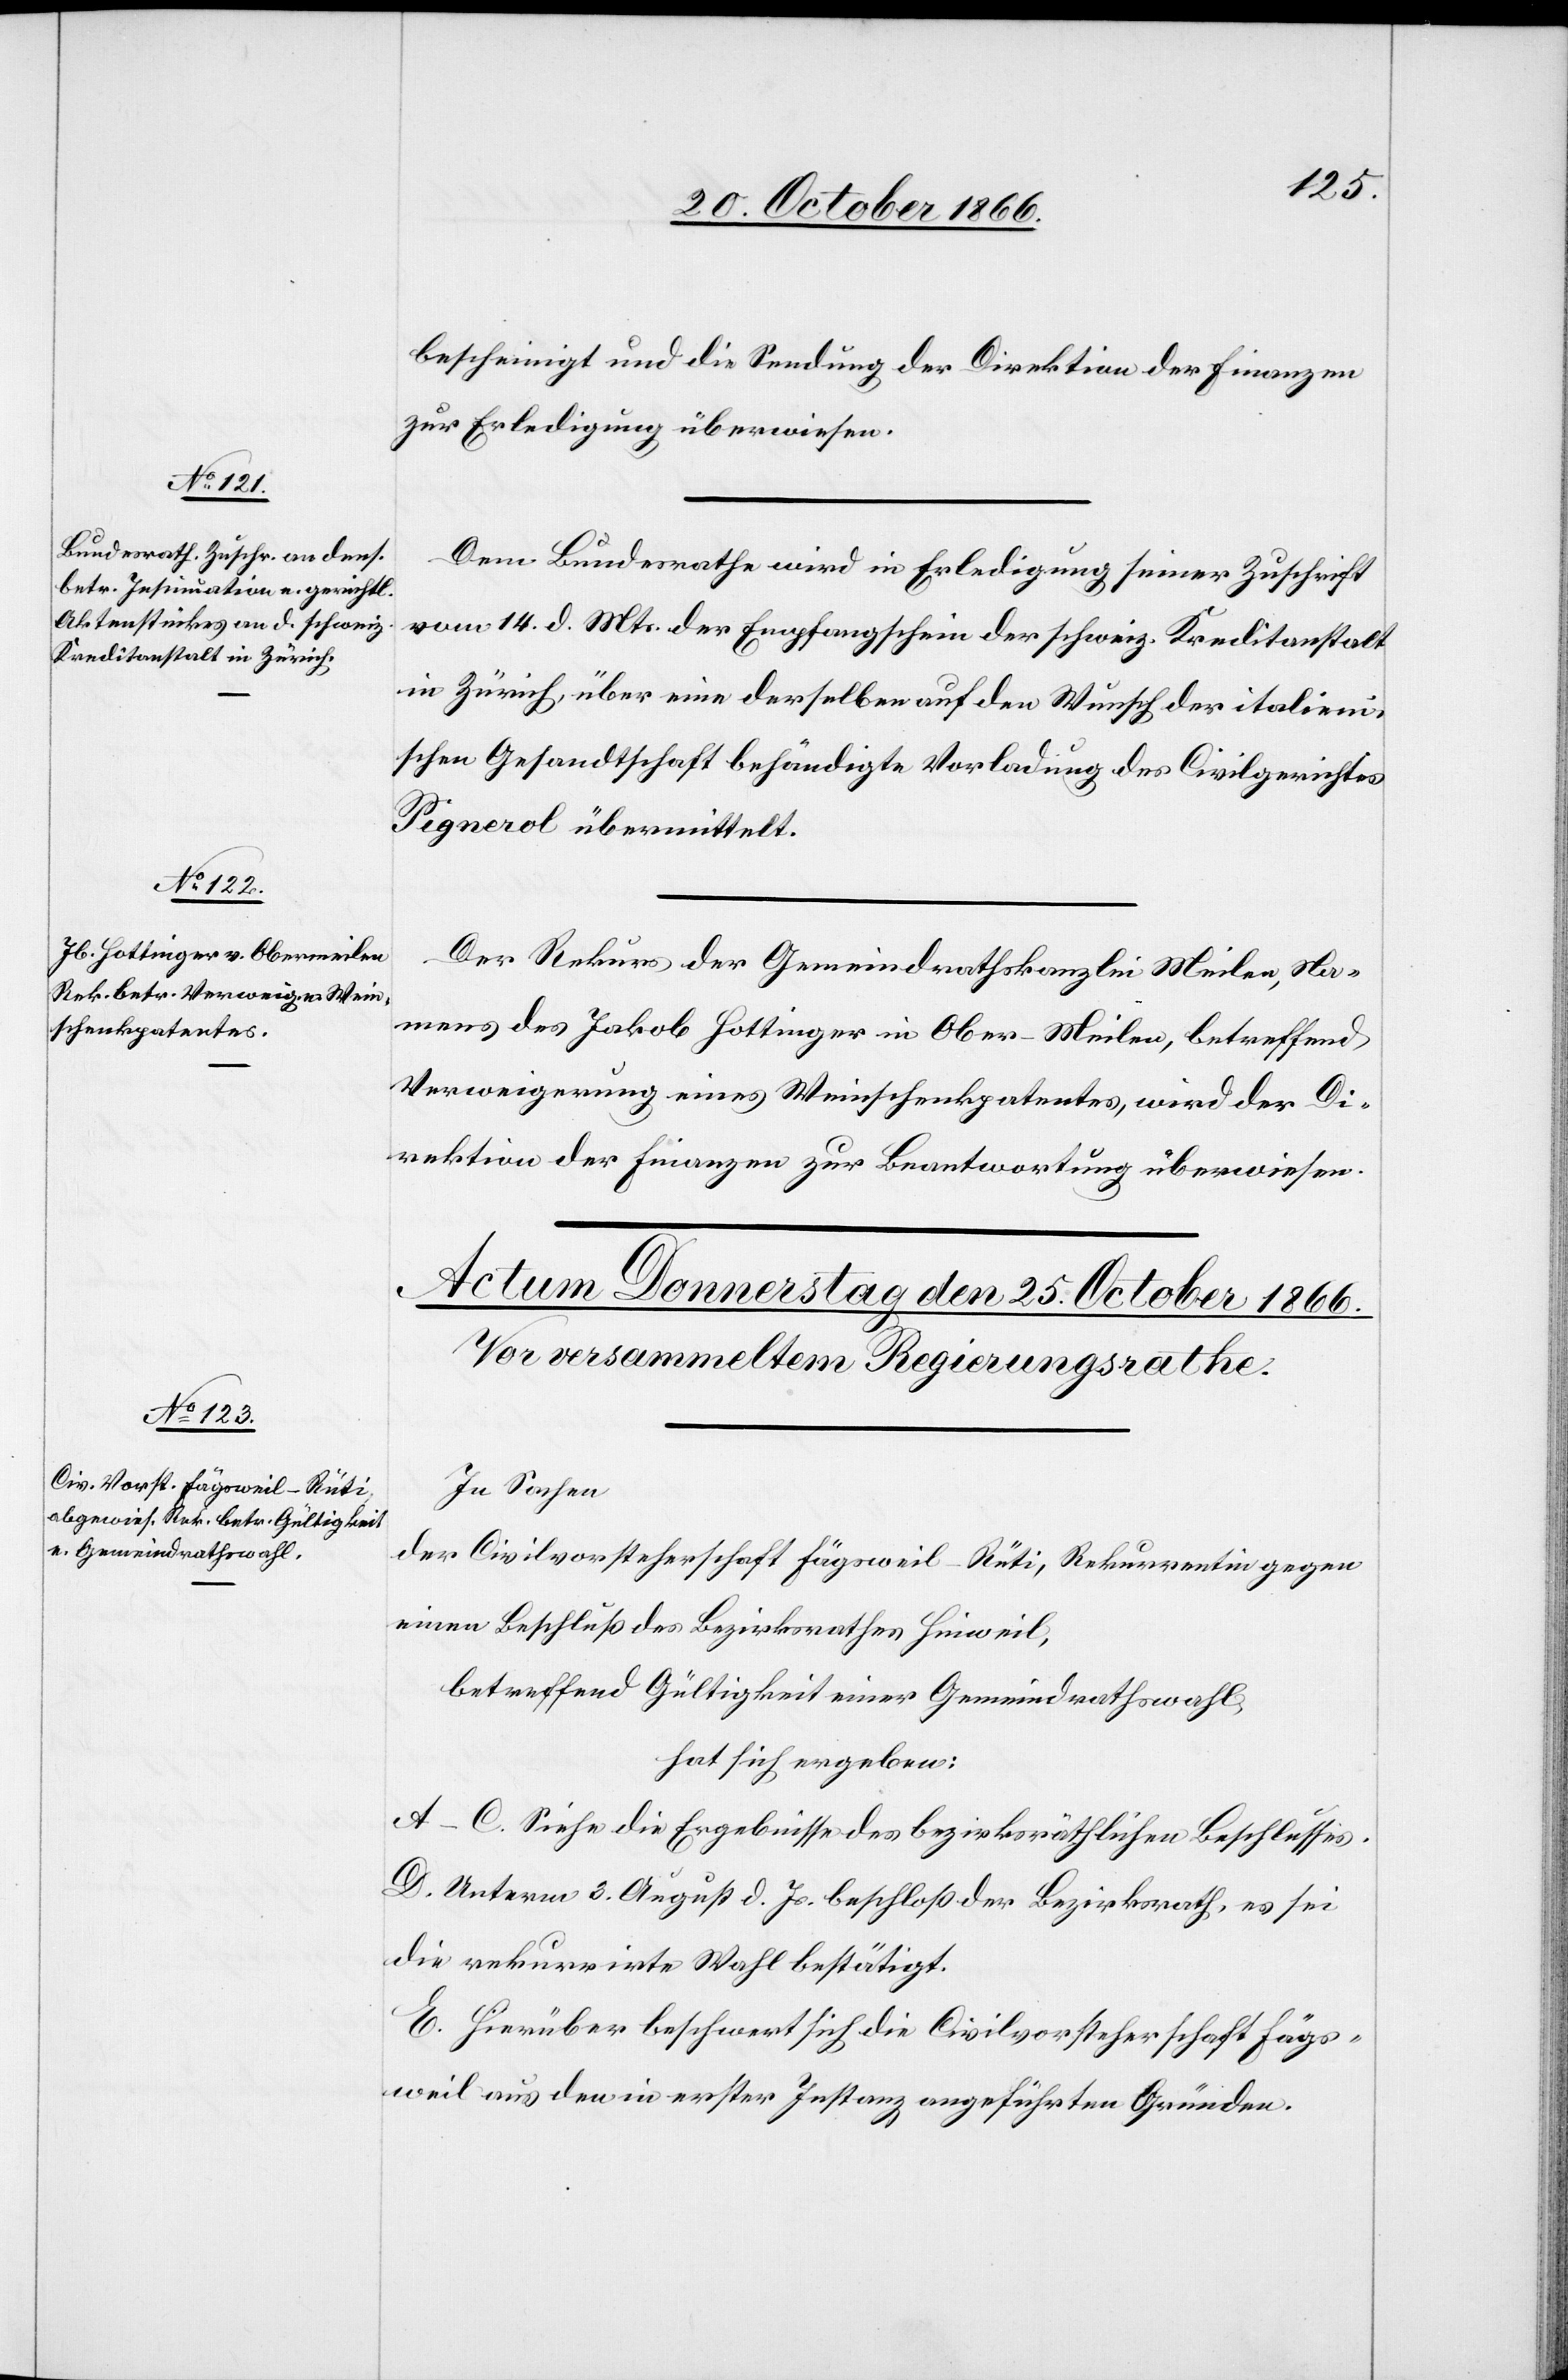
24. October 1866.]
bescheinigt und die Sendung der Direktion der Finanzen
zur Erledigung überwiesen.
Dem Bundesrathe wird in Erledigung seiner Zuschrift
vom 14. d. Mts. der Empfangschein der schweiz. Kreditanstalt
in Zürich, über eine derselben auf den Wunsch der italieni¬
schen Gesandtschaft behändigte Vorladung des Civilgerichtes
Pignerol übermittelt.
Der Rekurs der Gemeindrathskanzlei Meilen, Na¬
mens des Jakob Hottinger in Ober-Meilen, betreffend
Verweigerung eines Weinschenkpatentes, wird der Di¬
rektion der Finanzen zur Beantwortung überwiesen.
In Sachen
der Civilvorsteherschaft Fägsweil-Rüti, Rekurrentin gegen
einen Beschluß des Bezirksrathes Hinweil,
betreffend Gültigkeit einer Gemeindrathswahl,
hat sich ergeben:
A–C. Siehe die Ergebnisse des bezirksräthlichen Beschlusses.
D. Unterm 3. August d. Js. beschloß der Bezirksrath, es sei
die rekurrirte Wahl bestätigt.
E. Hierüber beschwert sich die Civilvorsteherschaft Fägs¬
weil aus den in erster Instanz angeführten Gründen.